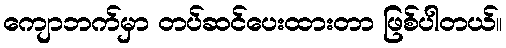
ကျောဘက်မှာ တပ်ဆင်ပေးထားတာ ဖြစ်ပါတယ်။